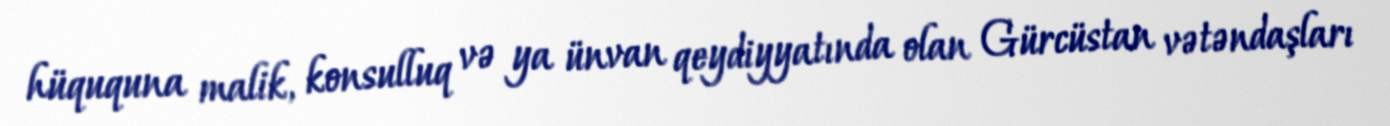
hüququna malik, konsulluq və ya ünvan qeydiyyatında olan Gürcüstan vətəndaşları